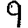
Digit: 9